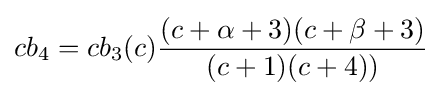
cb_{4}=cb_{3}(c){\frac {(c+\alpha +3)(c+\beta +3)}{(c+1)(c+4))}}